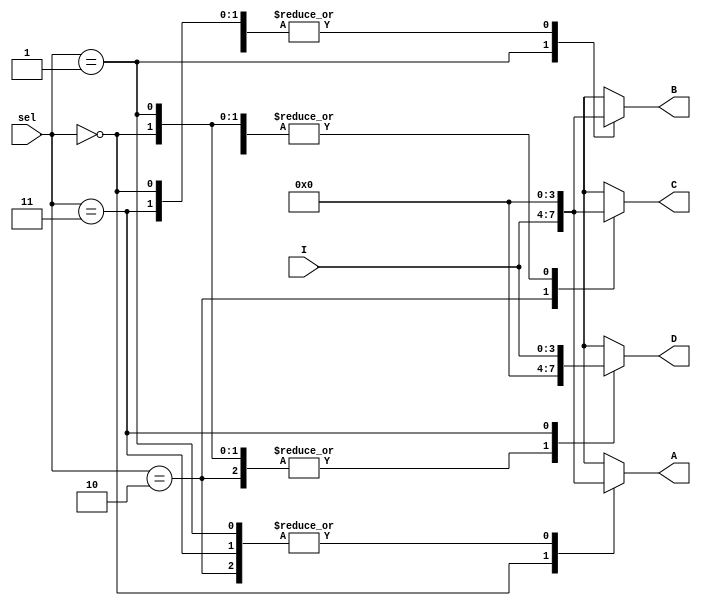
// demux1to4.v
module demux1to4
#(
	parameter N = 4
)
(
	input wire [N-1:0] I,
	input wire [1:0] sel,
	output reg [N-1:0] A, B, C, D
);

  always@*
  begin
	  A = 0; 	B = 0; 	C = 0; D = 0;
	  case(sel)
		  0: A = I;
		  1: B = I;
		  2: C = I;
      3: D = I;
	  endcase
  end
  
endmodule